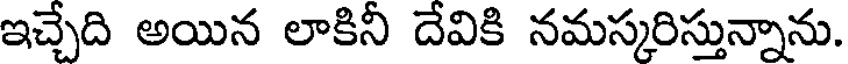
ఇచ్చేది అయిన లాకినీ దేవికి నమస్కరిస్తున్నాను.